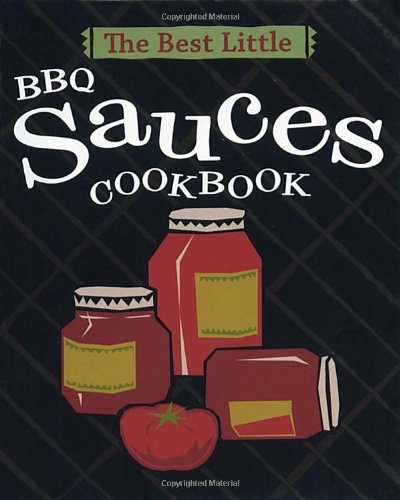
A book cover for The Best Little BBQ Sauces Cookbook; Karen Adler; Cookbooks, Food & Wine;